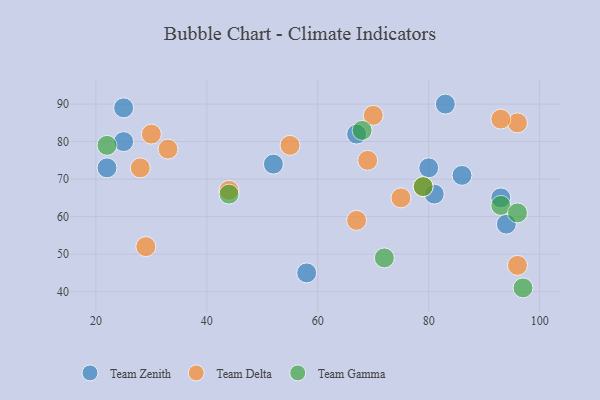
{"axis": {"x": "GDP", "y": "Life Expectancy"}, "legend": ["Team Delta", "Team Gamma", "Team Zenith"], "data": [{"x": "93", "y": 65, "type": "Team Zenith"}, {"x": "58", "y": 45, "type": "Team Zenith"}, {"x": "80", "y": 73, "type": "Team Zenith"}, {"x": "67", "y": 82, "type": "Team Zenith"}, {"x": "25", "y": 80, "type": "Team Zenith"}, {"x": "86", "y": 71, "type": "Team Zenith"}, {"x": "83", "y": 90, "type": "Team Zenith"}, {"x": "22", "y": 73, "type": "Team Zenith"}, {"x": "25", "y": 89, "type": "Team Zenith"}, {"x": "52", "y": 74, "type": "Team Zenith"}, {"x": "94", "y": 58, "type": "Team Zenith"}, {"x": "81", "y": 66, "type": "Team Zenith"}, {"x": "29", "y": 52, "type": "Team Delta"}, {"x": "96", "y": 85, "type": "Team Delta"}, {"x": "70", "y": 87, "type": "Team Delta"}, {"x": "67", "y": 59, "type": "Team Delta"}, {"x": "75", "y": 65, "type": "Team Delta"}, {"x": "93", "y": 86, "type": "Team Delta"}, {"x": "30", "y": 82, "type": "Team Delta"}, {"x": "28", "y": 73, "type": "Team Delta"}, {"x": "55", "y": 79, "type": "Team Delta"}, {"x": "44", "y": 67, "type": "Team Delta"}, {"x": "33", "y": 78, "type": "Team Delta"}, {"x": "96", "y": 47, "type": "Team Delta"}, {"x": "79", "y": 68, "type": "Team Delta"}, {"x": "69", "y": 75, "type": "Team Delta"}, {"x": "44", "y": 66, "type": "Team Gamma"}, {"x": "93", "y": 63, "type": "Team Gamma"}, {"x": "96", "y": 61, "type": "Team Gamma"}, {"x": "79", "y": 68, "type": "Team Gamma"}, {"x": "22", "y": 79, "type": "Team Gamma"}, {"x": "72", "y": 49, "type": "Team Gamma"}, {"x": "97", "y": 41, "type": "Team Gamma"}, {"x": "68", "y": 83, "type": "Team Gamma"}]}